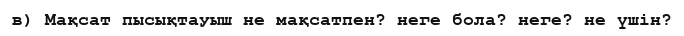
в) Мақсат пысықтауыш не мақсатпен? неге бола? неге? не үшін?